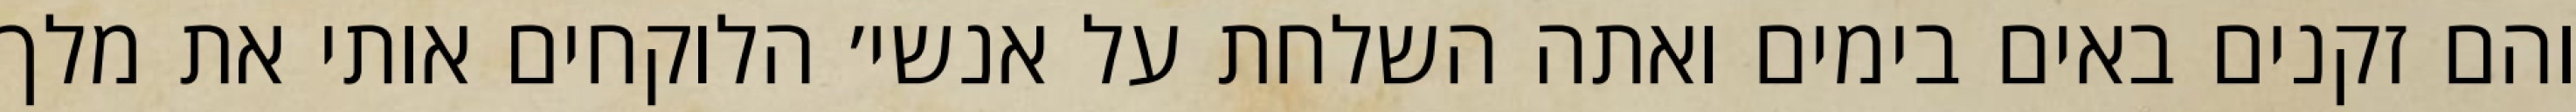
והם זקנים באים בימים ואתה השלחת על אנשי׳ הלוקחים אותי את מלך